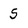
Character: S